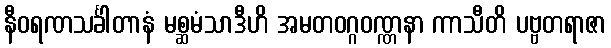
နီဝရဏသင်္ခါတာနံ မစ္ဆမံသာဒီဟိ အမတဝဂ္ဂဝဏ္ဏနာ ကာသီတိ ပဗ္ဗတရာဇာ